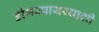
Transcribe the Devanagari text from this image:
डोंगरपायथ्याशी